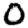
Digit: 0